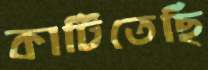
কাটিতেছি